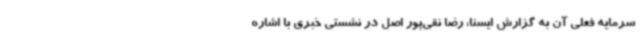
سرمایه فعلی آن به گزارش ایسنا، رضا نقی‌پور اصل در نشستی خبری با اشاره